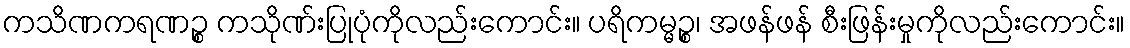
ကသိဏကရဏဉ္စ ကသိုဏ်းပြုပုံကိုလည်းကောင်း။ ပရိကမ္မဉ္စ၊ အဖန်ဖန် စီးဖြန်းမှုကိုလည်းကောင်း။